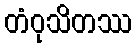
တံဝုသိတဿ